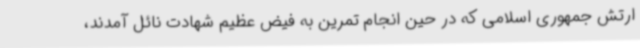
ارتش جمهوری اسلامی که در حین انجام تمرین به فیض عظیم شهادت نائل آمدند،